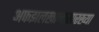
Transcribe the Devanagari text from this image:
अफझलखानासारख्या